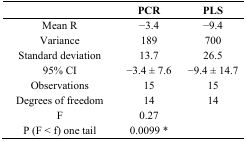
<table><thead><tr><td></td><td><b>PCR</b></td><td><b>PLS</b></td></tr></thead><tbody><tr><td>Mean R</td><td>−3.4</td><td>−9.4</td></tr><tr><td>Variance</td><td>189</td><td>700</td></tr><tr><td>Standard deviation</td><td>13.7</td><td>26.5</td></tr><tr><td>95% CI</td><td>−3.4 ± 7.6</td><td>−9.4 ± 14.7</td></tr><tr><td>Observations</td><td>15</td><td>15</td></tr><tr><td>Degrees of freedom</td><td>14</td><td>14</td></tr><tr><td>F</td><td>0.27</td><td></td></tr><tr><td>P (F &lt; f) one tail</td><td>0.0099 *</td><td></td></tr></tbody></table>